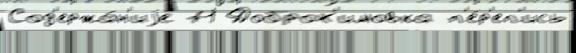
Сод'ержа́н'иjе 71 Доброх'имовка п'е́р'еп'ись